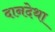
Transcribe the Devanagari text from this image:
दानदेथा